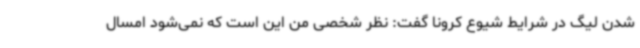
شدن لیگ در شرایط شیوع کرونا گفت: نظر شخصی من این است که نمی‌شود امسال